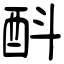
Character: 酙